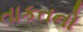
તાકતનો